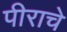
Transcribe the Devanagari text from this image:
पीराचे